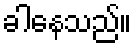
ခါနေသည်။